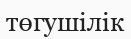
төгушілік